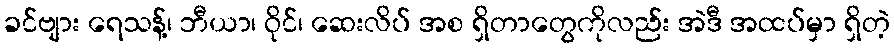
ခင်ဗျား ရေသန့်၊ ဘီယာ၊ ဝိုင်၊ ဆေးလိပ် အစ ရှိတာတွေကိုလည်း အဲဒီ အထပ်မှာ ရှိတဲ့